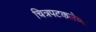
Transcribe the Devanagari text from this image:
चित्रपटकलेच्या